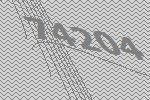
74204